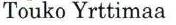
Touko Yrttimaa